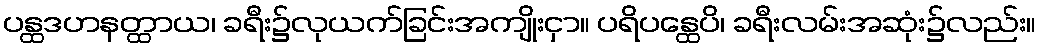
ပန္ထဒဟနတ္ထာယ၊ ခရီး၌လုယက်ခြင်းအကျိုးငှာ။ ပရိပန္ထေပိ၊ ခရီးလမ်းအဆုံး၌လည်း။